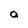
Character: a